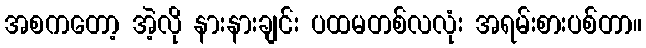
အစကတော့ အဲ့လို နားနားချင်း ပထမတစ်လလုံး အရမ်းစားပစ်တာ။